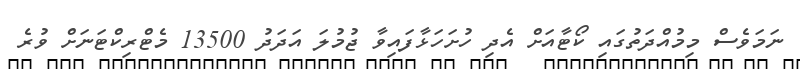
ނަމަވެސް މިމުއްދަތުގައި ކޯޓާއަށް އެދި ހުށަހަޅާފައިވާ ޖުމުލަ އަދަދު 13500 މެޓްރިކްޓަނަށް ވުރެ